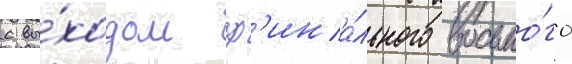
с вы́ходом ф'ина́льного восьмо́го